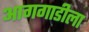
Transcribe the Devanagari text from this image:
आगगाडीला